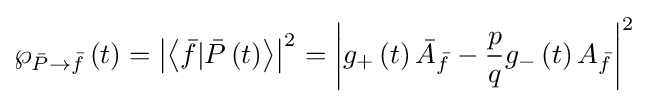
\wp _{{\bar {P}}\to {\bar {f}}}\left(t\right)=\left|\left\langle {\bar {f}}|{\bar {P}}\left(t\right)\right\rangle \right|^{2}=\left|g_{+}\left(t\right){\bar {A}}_{\bar {f}}-{\frac {p}{q}}g_{-}\left(t\right)A_{\bar {f}}\right|^{2}